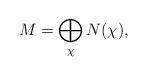
LaTeX: \begin{align*} M=\bigoplus_\chi N(\chi),\end{align*}